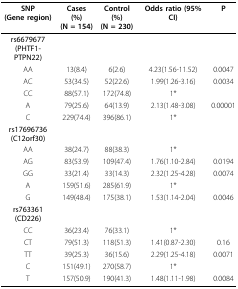
| SNP(Gene region) | Cases (%)(N = 154) | Control(%)(N = 230) | Odds ratio (95%CI) | P |
 | --- | --- | --- | --- | --- |
 | rs6679677 (PHTF1-PTPN22) |  |  |  |  |
 | AA | 13(8.4) | 6(2.6) | 4.23(1.56-11.52) | 0.0047 |
 | AC | 53(34.5) | 52(22.6) | 1.99(1.26-3.16) | 0.0034 |
 | CC | 88(57.1) | 172(74.8) | 1* |  |
 | A | 79(25.6) | 64(13.9) | 2.13(1.48-3.08) | 0.00001 |
 | C | 229(74.4) | 396(86.1) | 1* |  |
 | rs17696736(C12orf30) |  |  |  |  |
 | AA | 38(24.7) | 88(38.3) | 1* |  |
 | AG | 83(53.9) | 109(47.4) | 1.76(1.10-2.84) | 0.0194 |
 | GG | 33(21.4) | 33(14.3) | 2.32(1.25-4.28) | 0.0074 |
 | A | 159(51.6) | 285(61.9) | 1* |  |
 | G | 149(48.4) | 175(38.1) | 1.53(1.14-2.04) | 0.0046 |
 | rs763361(CD226) |  |  |  |  |
 | CC | 36(23.4) | 76(33.1) | 1* |  |
 | CT | 79(51.3) | 118(51.3) | 1.41(0.87-2.30) | 0.16 |
 | TT | 39(25.3) | 36(15.6) | 2.29(1.25-4.18) | 0.0071 |
 | C | 151(49.1) | 270(58.7) | 1* |  |
 | T | 157(50.9) | 190(41.3) | 1.48(1.11-1.98) | 0.0084 |